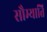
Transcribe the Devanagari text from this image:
सौम्याति